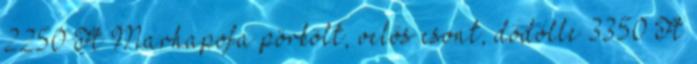
2250 Ft Marhapofa pörkölt, velős csont, dödölle 3350 Ft